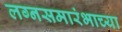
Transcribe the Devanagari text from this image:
लग्नसमारंभाच्या